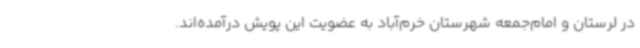
در لرستان و امام‌جمعه شهرستان خرم‌آباد به عضویت این پویش درآمده‌اند.